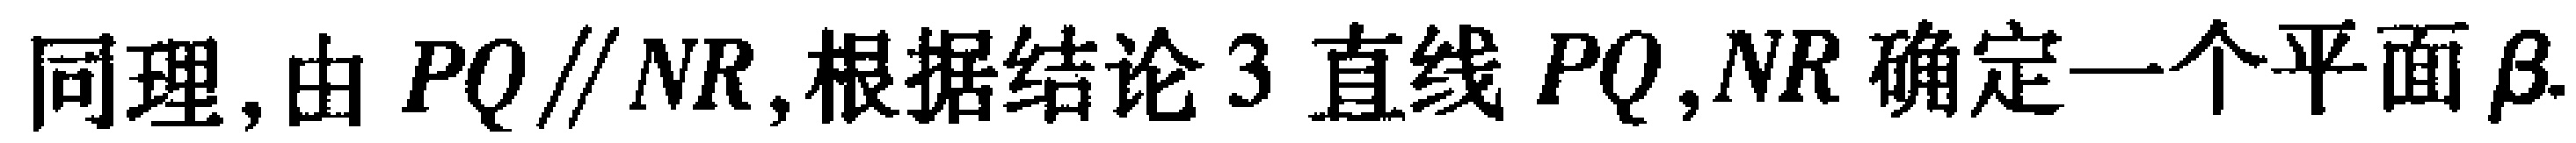
同理, 由 \(PQ\parallel NR\), 根据结论 3 直线 \(PQ,NR\) 确定一个平面 \(\beta\).